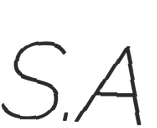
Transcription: S.A